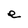
Character: e